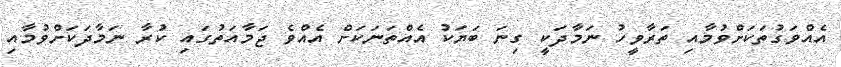
އެއްވަގުތަކަށްވުމާއި ތަރާވީހު ނަމާދަކީ ގިނަ ބަޔަކު އެއްތަނަކަށް އެއްވެ ޖަމާއަތުގައި ކުރާ ނަމާދަކަށްވުމާއި